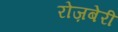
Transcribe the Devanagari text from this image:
रोज़बेरी